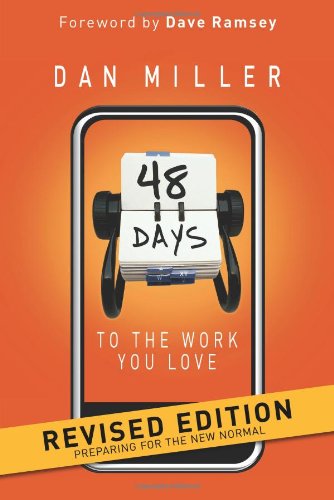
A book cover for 48 Days to the Work You Love: Preparing for the New Normal; Dan Miller; Business & Money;